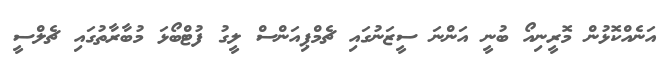
އަނެއްކޮޅުން މޮރީނިއޯ ބުނީ އަންނަ ސީޒަނުގައި ޗެމްޕިއަންސް ލީގު ފުޓްބޯޅަ މުބާރާތުގައި ޗެލްސީ